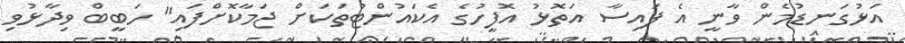
އަޅުގަނޑުމެން ވާނީ އެ ފައިސާ އަތޮޅު އޮފީހުގެ އެކައުންޓުތަކަށް ޖަމާކޮށްފައި" ހަބީބް ވިދާޅުވި